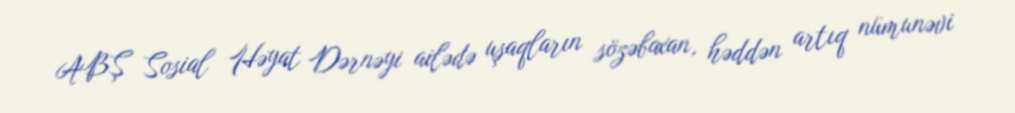
ABŞ Sosial Həyat Dərnəyi ailədə uşaqların sözəbaxan, həddən artıq nümunəvi